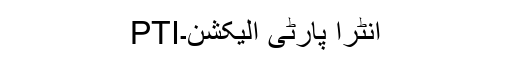
PTIانٹرا پارٹی الیکشن۔